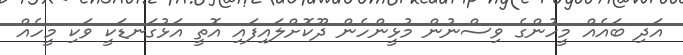
އަދި ބައެއް މީހުންގެ ވިސްނުން މުޅީންހެން ދޫކޮށްލައިފައި އޮތީ އަޅުގަނޑަކީ ވަކި މީހެއް